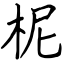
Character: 柅